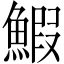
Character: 鰕